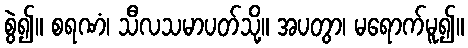
စွဲ၍။ စရဏံ၊ သီလသမာပတ်သို့။ အပတွာ၊ မရောက်မူ၍။